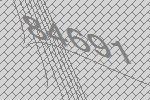
84691